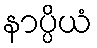
နာပ္ပိယံ